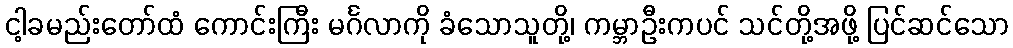
ငါ့ခမည်းတော်ထံ ကောင်းကြီး မင်္ဂလာကို ခံသောသူတို့၊ ကမ္ဘာဦးကပင် သင်တို့အဖို့ ပြင်ဆင်သော